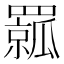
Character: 𦌦